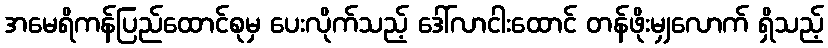
အမေရိကန်ပြည်ထောင်စုမှ ပေးလိုက်သည့် ဒေါ်လာငါးထောင် တန်ဖိုးမျှလောက် ရှိသည့်